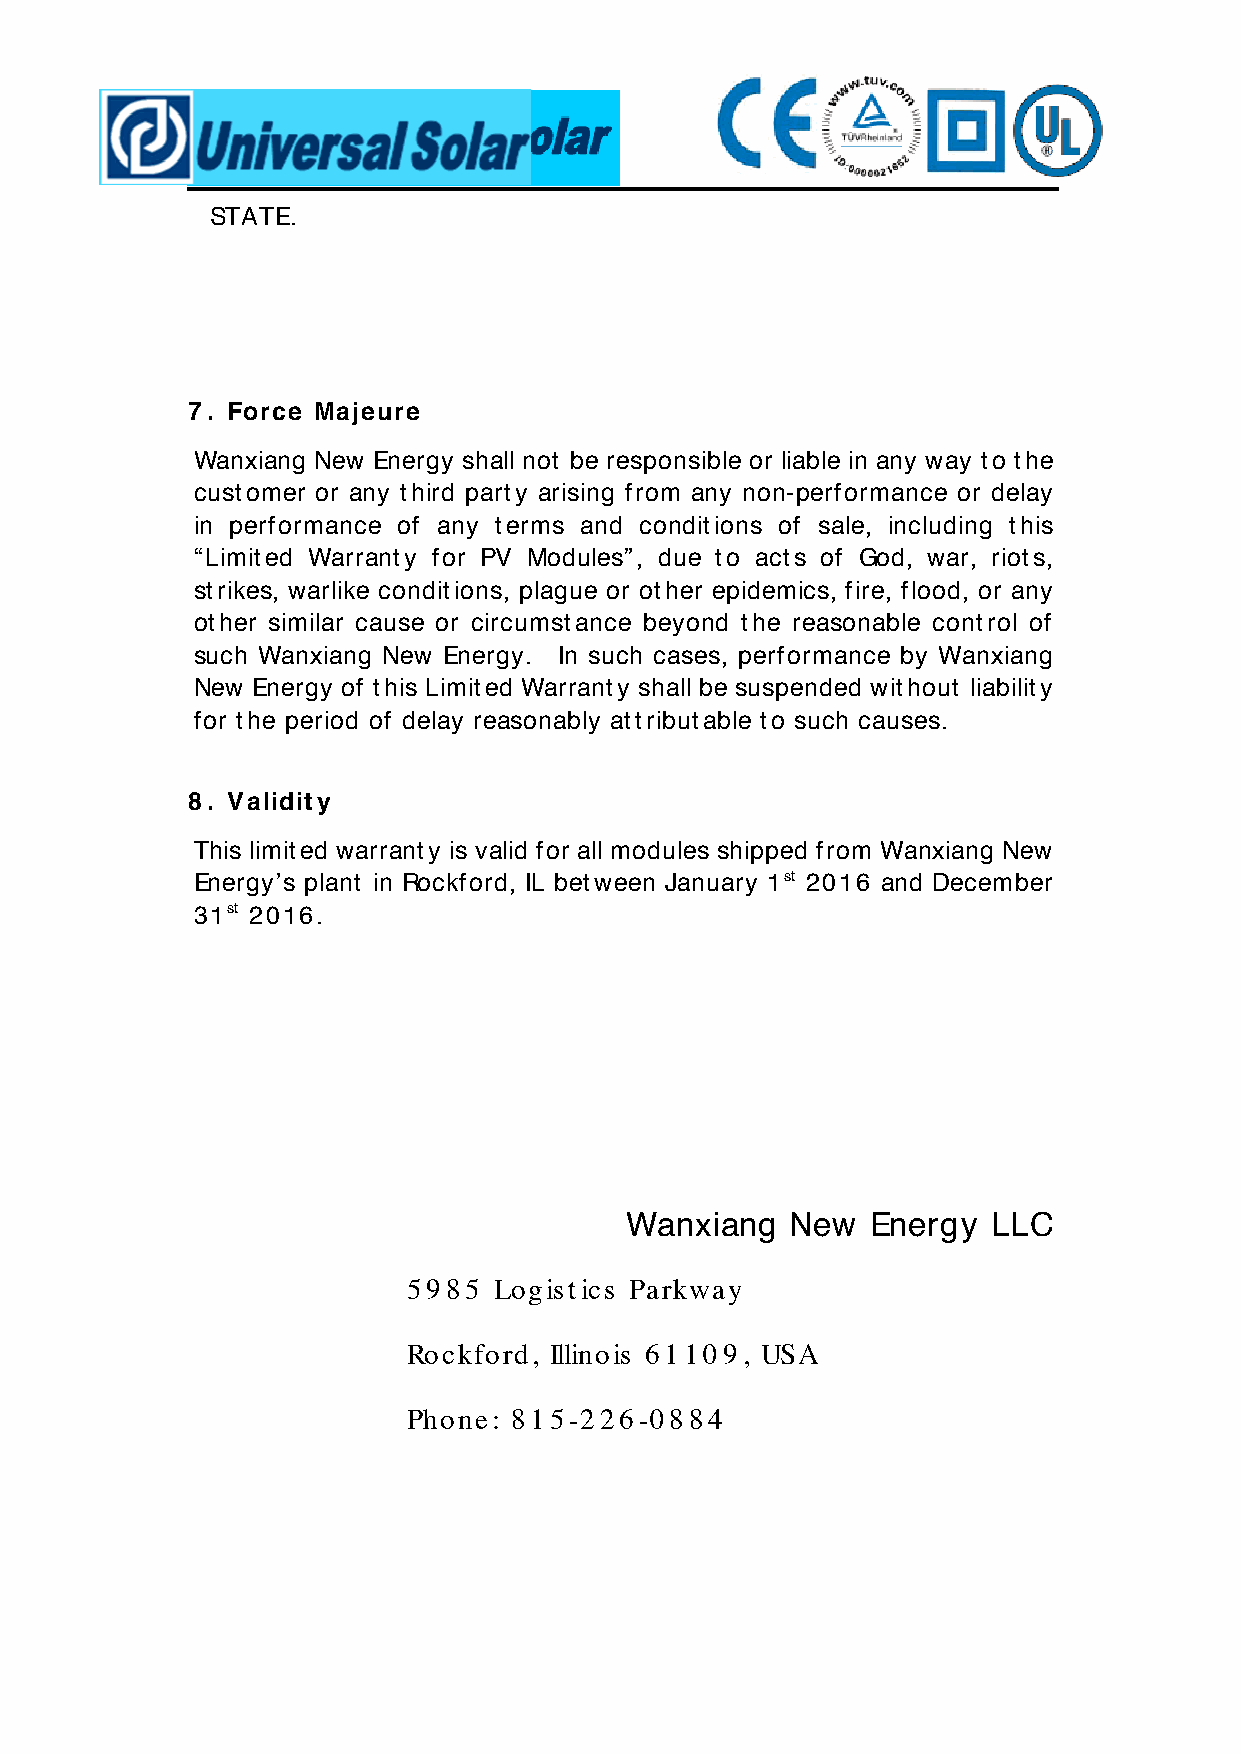
STATE.
 7. Force Majeure
 Wanxiang New Energy shall not be responsible or liable in any way to the
 customer or any third party arising from any non-performance or delay
 in performance of any terms and conditions of sale, including this
 “Limited Warranty for PV Modules”, due to acts of God, war, riots,
 strikes, warlike conditions, plague or other epidemics, fire, flood, or any
 other similar cause or circumstance beyond the reasonable control of
 such Wanxiang New Energy. In such cases, performance by Wanxiang
 New Energy of this Limited Warranty shall be suspended without liability
 for the period of delay reasonably attributable to such causes.
 8. Validity
 This limited warranty is valid for all modules shipped from Wanxiang New
 Energy’s plant in Rockford, IL between January 1st 2016 and December
 31st 2016.
 Wanxiang   New   Energy  LLC
 5985  Logistics Parkway
 Rockford, Illinois 61109, USA
 Phone: 815-226-0884